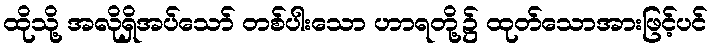
ထိုသို့ အလိုရှိအပ်သော် တစ်ပါးသော ဟာရတို့၌ ထုတ်သောအားဖြင့်ပင်